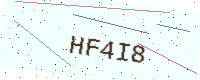
Text: HF4I8